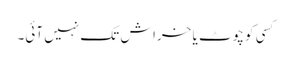
کسی کو چوٹ یا خراش تک نہیں آئی۔